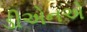
ડીએનએ